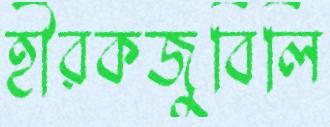
হীরকজুবিলি